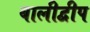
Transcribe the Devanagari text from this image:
बालीद्वीप